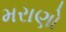
મરાણો